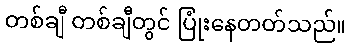
တစ်ချီ တစ်ချီတွင် ပြုံးနေတတ်သည်။